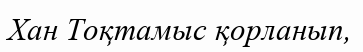
Хан Тоқтамыс қорланып,